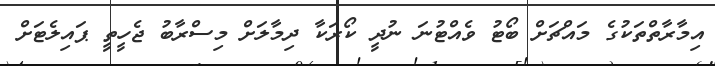
އިމާރާތްތަކުގެ މައްޗަށް ބޯޓު ވެއްޓުނަ ނުދީ ކޯރަކާ ދިމާލަށް މިސްރާބު ޖެހީތީ ޕައިލެޓަށް